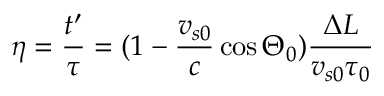
\eta = \frac { t ^ { \prime } } { \tau } = ( 1 - \frac { v _ { s 0 } } { c } \cos \Theta _ { 0 } ) \frac { \Delta L } { v _ { s 0 } \tau _ { 0 } }